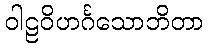
ဝါဠဝိဟင်္ဂသောဘိတာ